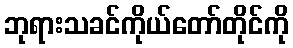
ဘုရားသခင်ကိုယ်တော်တိုင်ကို